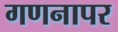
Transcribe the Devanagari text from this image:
गणनापर